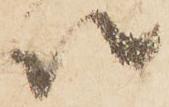
以